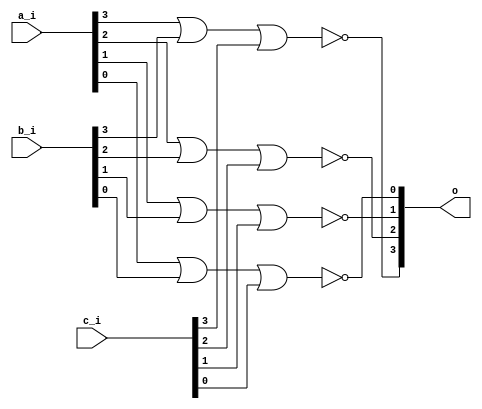
module bsg_nor3_width_p4_harden_p1
(
  a_i,
  b_i,
  c_i,
  o
);

  input [3:0] a_i;
  input [3:0] b_i;
  input [3:0] c_i;
  output [3:0] o;
  wire [3:0] o;
  wire N0,N1,N2,N3,N4,N5,N6,N7;
  assign o[3] = ~N1;
  assign N1 = N0 | c_i[3];
  assign N0 = a_i[3] | b_i[3];
  assign o[2] = ~N3;
  assign N3 = N2 | c_i[2];
  assign N2 = a_i[2] | b_i[2];
  assign o[1] = ~N5;
  assign N5 = N4 | c_i[1];
  assign N4 = a_i[1] | b_i[1];
  assign o[0] = ~N7;
  assign N7 = N6 | c_i[0];
  assign N6 = a_i[0] | b_i[0];

endmodule